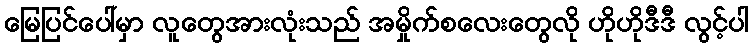
မြေပြင်ပေါ်မှာ လူတွေအားလုံးသည် အမှိုက်စလေးတွေလို ဟိုဟိုဒီဒီ လွင့်ပါ